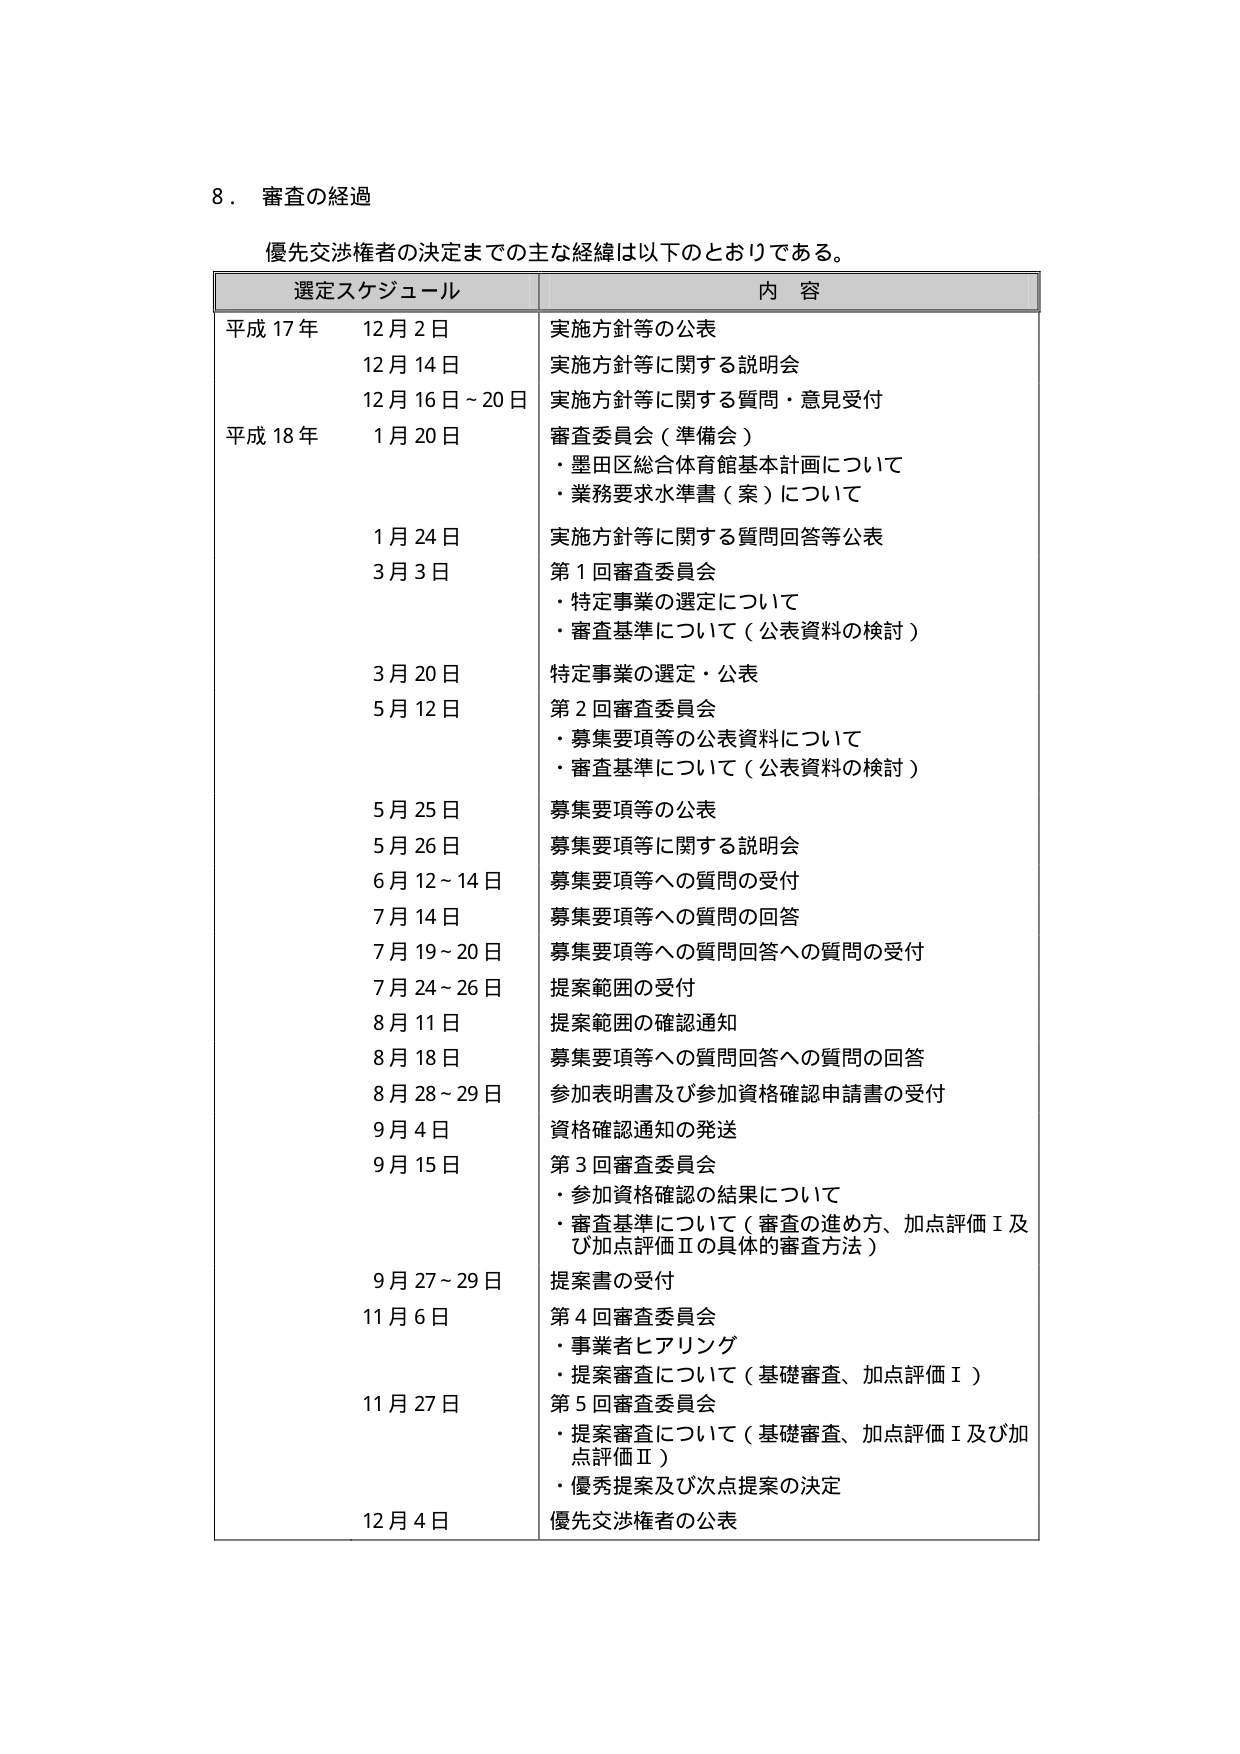
8．審査の経過

優先交渉権者の決定までの主な経緯は以下のとおりである。

選定スケジュール　　　　　　　　　　　　　内容

平成17年　12月2日　　　　　　　　　　　実施方針等の公表
　　　　　12月14日　　　　　　　　　　　実施方針等に関する説明会
　　　　　12月16日～20日　　　　　　　　実施方針等に関する質問・意見受付
平成18年　1月20日　　　　　　　　　　　審査委員会（準備会）
　　　　　　　　　　　　　　　　　　　　・墨田区総合体育館基本計画について
　　　　　　　　　　　　　　　　　　　　・業務要求水準書（案）について
　　　　　1月24日　　　　　　　　　　　実施方針等に関する質問回答等公表
　　　　　3月3日　　　　　　　　　　　　第1回審査委員会
　　　　　　　　　　　　　　　　　　　　・特定事業の選定について
　　　　　　　　　　　　　　　　　　　　・審査基準について（公表資料の検討）
　　　　　3月20日　　　　　　　　　　　特定事業の選定・公表
　　　　　5月12日　　　　　　　　　　　第2回審査委員会
　　　　　　　　　　　　　　　　　　　　・募集要項等の公表資料について
　　　　　　　　　　　　　　　　　　　　・審査基準について（公表資料の検討）
　　　　　5月25日　　　　　　　　　　　募集要項等の公表
　　　　　5月26日　　　　　　　　　　　募集要項等に関する説明会
　　　　　6月12～14日　　　　　　　　　募集要項等への質問の受付
　　　　　7月14日　　　　　　　　　　　募集要項等への質問の回答
　　　　　7月19～20日　　　　　　　　　募集要項等への質問回答への質問の受付
　　　　　7月24～26日　　　　　　　　　提案範囲の受付
　　　　　8月11日　　　　　　　　　　　提案範囲の確認通知
　　　　　8月18日　　　　　　　　　　　募集要項等への質問回答への質問の回答
　　　　　8月28～29日　　　　　　　　　参加表明書及び参加資格確認申請書の受付
　　　　　9月4日　　　　　　　　　　　　資格確認通知の発送
　　　　　9月15日　　　　　　　　　　　第3回審査委員会
　　　　　　　　　　　　　　　　　　　　・参加資格確認の結果について
　　　　　　　　　　　　　　　　　　　　・審査基準について（審査の進め方、加点評価Ⅰ及び加点評価Ⅱの具体的審査方法）
　　　　　9月27～29日　　　　　　　　　提案書の受付
　　　　　11月6日　　　　　　　　　　　第4回審査委員会
　　　　　　　　　　　　　　　　　　　　・事業者ヒアリング
　　　　　　　　　　　　　　　　　　　　・提案審査について（基礎審査、加点評価Ⅰ）
　　　　　11月27日　　　　　　　　　　　第5回審査委員会
　　　　　　　　　　　　　　　　　　　　・提案審査について（基礎審査、加点評価Ⅰ及び加点評価Ⅱ）
　　　　　　　　　　　　　　　　　　　　・優秀提案及び次点提案の決定
　　　　　12月4日　　　　　　　　　　　優先交渉権者の公表